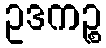
ဥဒကဉ္စ